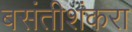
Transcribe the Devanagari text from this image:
बसंतीशंकरा